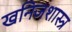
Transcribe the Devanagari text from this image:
खनिजशास्त्र